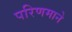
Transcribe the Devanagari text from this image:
परिणमाने